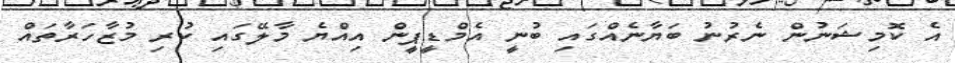
އެ ކޮމިޝަނުން ނެރުނު ބަޔާނެއްގައި ބުނީ އެމްޑީޕީން އިއްޔެ މާލޭގައި ކުރި މުޒާހަރާތައް